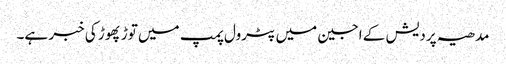
مدھیہ پردیش کے اجین میں پٹرول پمپ میں توڑ پھوڑ کی خبر ہے۔